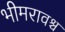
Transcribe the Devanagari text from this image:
भीमरावश्च